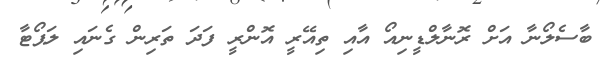
ބާސެލޯނާ އަށް ރޮނާލްޑީނިއޯ އާއި ތިއޭރީ އޮންރީ ފަދަ ތަރިން ގެނައި ލަޕޯޓާ